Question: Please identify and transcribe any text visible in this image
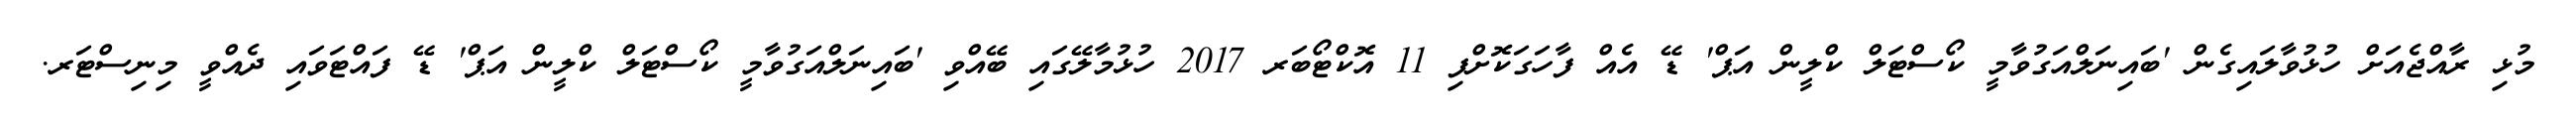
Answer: މުޅި ރާއްޖެއަށް ހުޅުވާލައިގެން 'ބައިނަލްއަގުވާމީ ކޯސްޓަލް ކްލީން އަޕް' ޑޭ އެއް ފާހަގަކޮށްފި 11 އޮކްޓޯބަރ 2017 ހުޅުމާލޭގައި ބޭއްވި 'ބައިނަލްއަގުވާމީ ކޯސްޓަލް ކްލީން އަޕް' ޑޭ ފައްޓަވައި ދެއްވީ މިނިސްޓަރ.